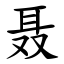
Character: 聂